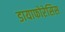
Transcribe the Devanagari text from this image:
डायाफोरेसिस